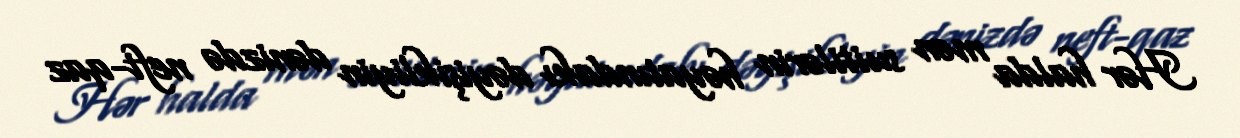
Hər halda mən suitilərin həyatındakı dəyişikliyin dənizdə neft-qaz